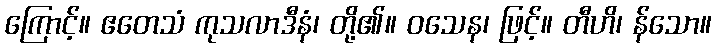
ကြောင့်။ ဧတေသံ ကုသလာဒီနံ၊ တို့၏။ ဝသေန၊ ဖြင့်။ တီဟိ၊ န်သော။